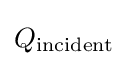
Q_{\mathrm {incident} }